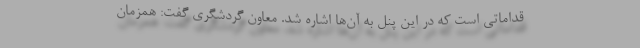
قداماتی است که در این پنل به آن‌ها اشاره شد. معاون گردشگری گفت: همزمان